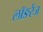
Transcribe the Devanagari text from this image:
लॉङरेंज